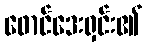
ဖောင်ဒေးရှင်း၏